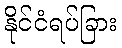
နိုင်ငံရပ်ခြား